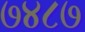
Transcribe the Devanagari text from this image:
७४८७